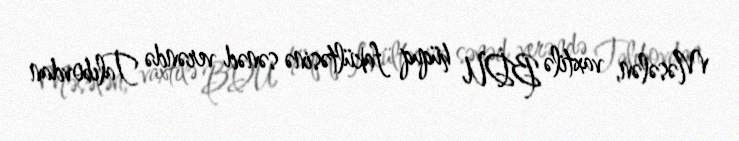
Məsələn, vaxtilə BDU hüquq fakültəsinə sənəd verəndə Talıbovdan